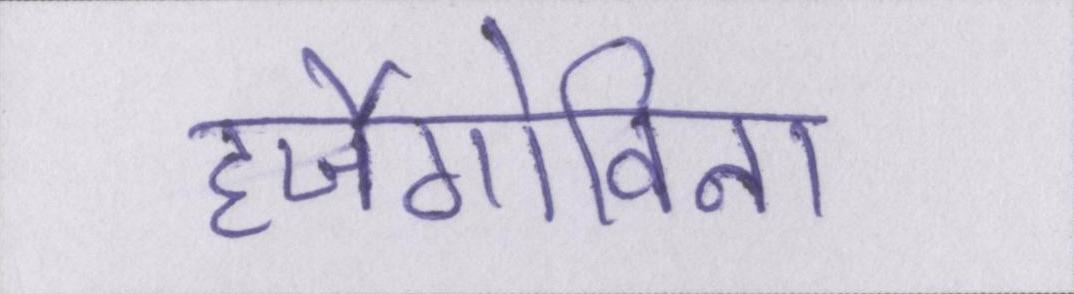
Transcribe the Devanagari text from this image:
हर्जेगोविना